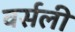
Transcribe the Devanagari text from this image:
वर्सली